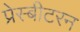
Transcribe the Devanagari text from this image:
प्रेस्बीटरन